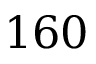
1 6 0